Reports on military cantonments and civil stations in the Presidency of Bombay inspected by the Sanitary Commissioner in the years 1875 and 1876
Year: 1875
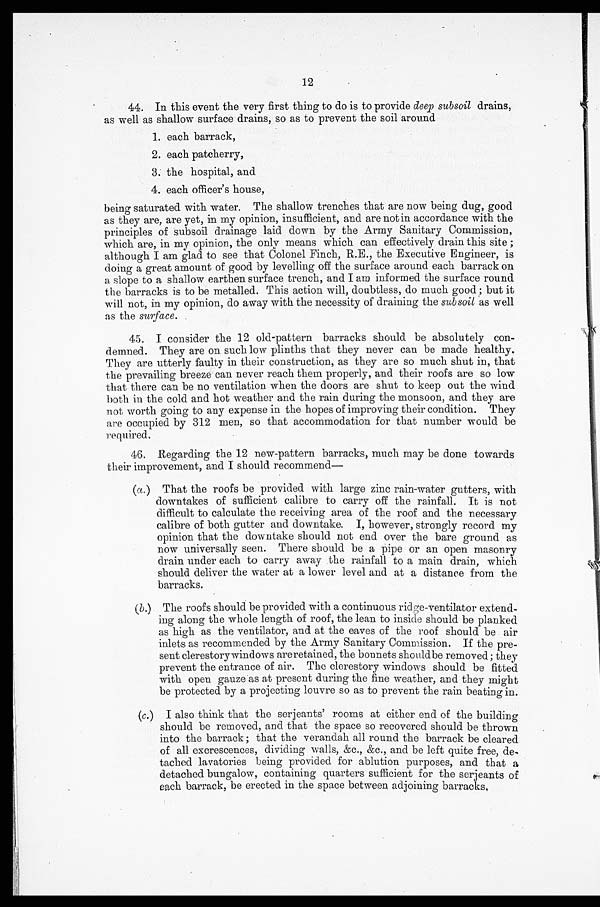
12
44. In this event the very first thing to do is to provide deep subsoil drains,
as well as shallow surface drains, so as to prevent the soil around
1. each barrack,
2. each patcherry,
3. the hospital, and
4. each officer's house,
being saturated with water. The shallow trenches that are now being dug, good
as they are, are yet, in my opinion, insufficient, and are not in accordance with the
principles of subsoil drainage laid down by the Army Sanitary Commission,
which are, in my opinion, the only means which can effectively drain this site;
although I am glad to see that Colonel Finch, R.E., the Executive Engineer, is
doing a great amount of good by levelling off the surface around each barrack on
a slope to a shallow earthen surface trench, and I am informed the surface round
the barracks is to be metalled. This action will, doubtless, do much good; but it
will not, in my opinion, do away with the necessity of draining the subsoil as well
as the surface.
45. I consider the 12 old-pattern barracks should be absolutely con-
demned. They are on such low plinths that they never can be made healthy.
They are utterly faulty in their construction, as they are so much shut in, that
the prevailing breeze can never reach them properly, and their roofs are so low
that there can be no ventilation when the doors are shut to keep out the wind
both in the cold and hot weather and the rain during the monsoon, and they are
not worth going to any expense in the hopes of improving their condition. They
are occupied by 312 men, so that accommodation for that number would be
required.
46. Regarding the 12 new-pattern barracks, much may be done towards
their improvement, and I should recommend—
( a . ) T h a t t h e r o o f s b e p r o v i d e d w i t h l a r g e z i n c r a i n - w a t e r g u t t e r s , w i t h
downtakes of sufficient calibre to carry off the rainfall. It is not
difficult to calculate the receiving area of the roof and the necessary
calibre of both gutter and downtake. I, however, strongly record my
opinion that the downtake should not end over the bare ground as
now universally seen. There should be a pipe or an open masonry
drain under each to carry away the rainfall to a main drain, which
should deliver the water at a lower level and at a distance from the
barracks.
( b .) The roofs should be provided with a continuous ridge-ventilator extend
- i n g a l o n g t h e w h o l e l e n g t h o f r o o f , t h e l e a n t o i n s i d e s h o u l d b e p l a n k e d
as high as the ventilator, and at the eaves of the roof should be air
inlets as recommended by the Army Sanitary Commission. If the pre-
- s e n t c l e r e s t o r y w i n d o w s a r e r e t a i n e d , t h e b o n n e t s s h o u l d b e r e m o v e d ; t h e y
prevent the entrance of air. The clerestory windows should be fitted
with open gauze as at present during the fine weather, and they might
be protected by a projecting louvre so as to prevent the rain beating in.
( c . ) I a l s o t h i n k t h a t t h e s e r j e a n t s ' r o o m s a t e i t h e r e n d o f t h e b u i l d i n g
should be removed, and that the space so recovered should be thrown
into the barrack; that the verandah all round the barrack be cleared
of all excrescences, dividing walls, &c., &c., and be left quite free, de-
- t a c h e d l a v a t o r i e s b e i n g p r o v i d e d f o r a b l u t i o n p u r p o s e s , a n d t h a t a
detached bungalow, containing quarters sufficient for the serjeants of
each barrack, be erected in the space between adjoining barracks.